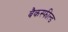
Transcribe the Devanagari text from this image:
बैकस्फील्ड